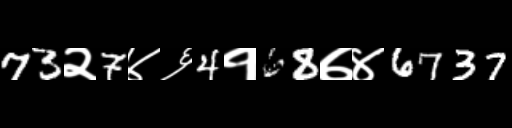
Text: 73२7४६4१68७४6737